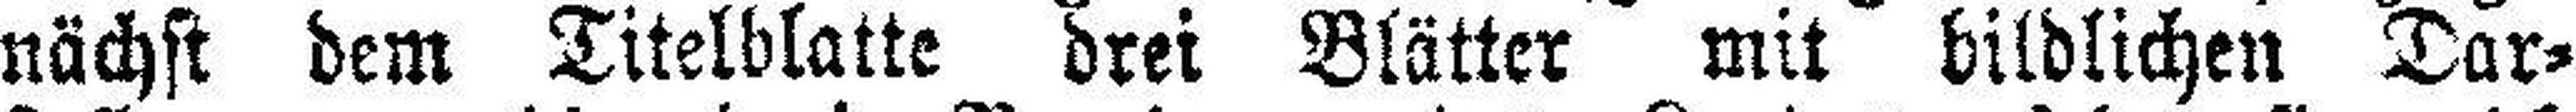
nächst dem Titelblatte drei Blätter mit bildlichen Dar¬